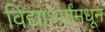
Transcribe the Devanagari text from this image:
विद्यार्थ्यांमधून